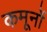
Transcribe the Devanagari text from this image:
कमूनों